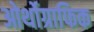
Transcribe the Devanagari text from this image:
ओर्थोग्राफिक